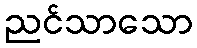
ညင်သာသော